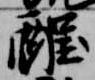
酲